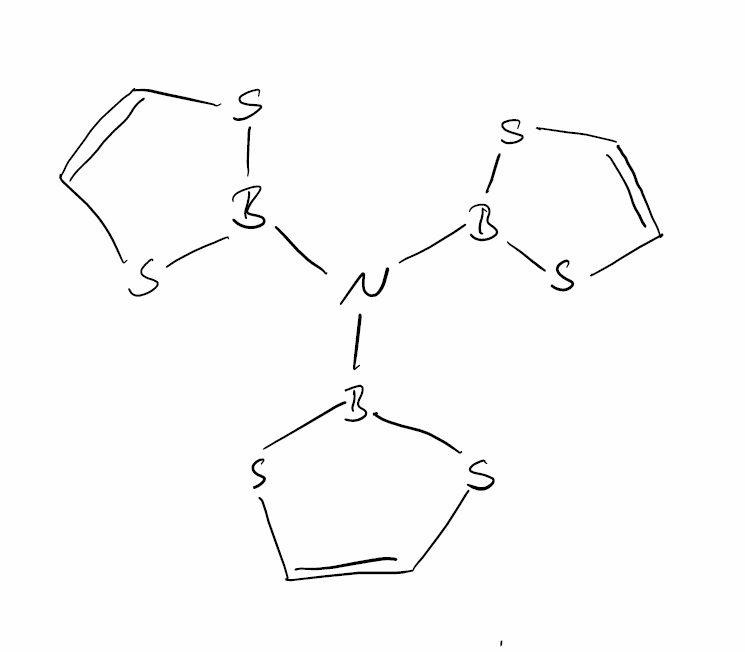
Simplified molecular-input line-entry system (SMILES) notation of the given molecule:
B1(SC=CS1)N(B2SC=CS2)B3SC=CS3